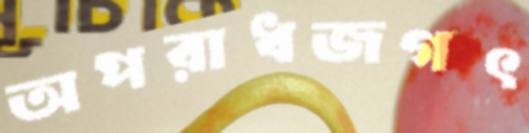
অপরাধজগৎ